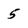
Character: 5